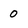
Character: 0